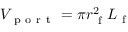
V _ { \mathrm { ~ p ~ o ~ r ~ t ~ } } = \pi r _ { \mathrm { ~ f ~ } } ^ { 2 } L _ { \mathrm { ~ f ~ } }